Supplement to the account of plague administration in the Bombay Presidency from September 1896 till May 1897
Year: 1896
Disease focus: Plague
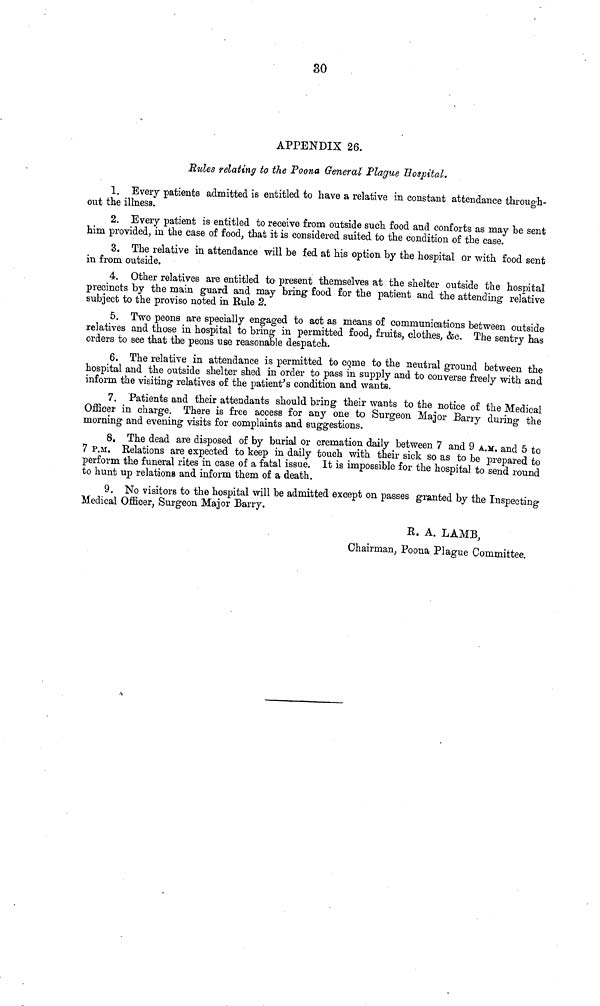
30
APPENDIX 26.
Rides relating to the Poona General Plague Hospital.
1. Every patients admitted is entitled to have a relative in constant attendance through-
out the illness.
2. Every patient is entitled to receive from outside such food and conforts as may be sent
him provided, in the case of food, that it is considered suited to the condition of the case.
3. The relative in attendance will be fed at his option by the hospital or with food sent
in from outside.
4. Other relatives are entitled to present themselves at the shelter outside the hospital
precincts by the main guard and may bring food for the patient and the attending relative
subject to the proviso noted in Bule 2.
5. Two peons are specially engaged to act as means of communications between outside
relatives and those in hospital to bring in permitted food, fruits, clothes, &c. The sentry has
orders to see that the peons use reasonable despatch.
6. The relative in attendance is permitted to come to the neutral ground between the
hospital and the outside shelter shed in order to pass in supply and to converse freely with and
inform the visiting relatives of the patient's condition and wants.
7. Patients and their attendants should bring their wants to the notice of the Medical
Officer in charge. There is free access for any one to Surgeon Major Barry during the
morning and evening visits for complaints and suggestions.
8. The dead are disposed of by burial or cremation daily between 7 and 9 A.M. and 5 to
7 P.M. Relations are expected to keep in daily touch with their sick so as to be prepared to
perform the funeral rites in case of a fatal issue. It is impossible for the hospital to send round
to hunt up relations and inform them of a death.
9. No visitors to the hospital will be admitted except on passes granted by the Inspecting
Medical Officer, Surgeon Major Barry.
R. A. LAMB,
Chairman, Poona Plague Committee.